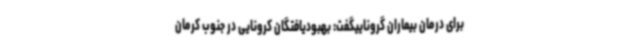
برای درمان بیماران گروناییگفت: بهبودیافتگان کرونایی در جنوب کرمان